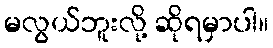
မလွယ်ဘူးလို့ ဆိုရမှာပါ။